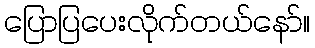
ပြောပြပေးလိုက်တယ်နော်။